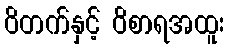
ဝိတက်နှင့် ဝိစာရအထူး